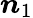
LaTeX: \boldsymbol{n}_{1}